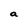
Character: a